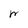
Character: W